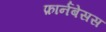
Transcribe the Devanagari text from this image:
फ़ार्नबेसस